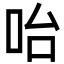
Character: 咍